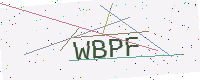
Text: WBPF